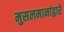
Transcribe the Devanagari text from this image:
मुसलमानांद्वारे